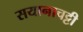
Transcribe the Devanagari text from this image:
सयानाचट्टी